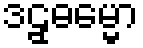
ဒဠှဓမ္မော